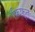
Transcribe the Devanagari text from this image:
फ़िफ़्त